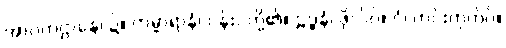
အာဂတဌာနေ၊ ၌။ ကမ္မာရာနံ၊ ပန်းပဲတို့၏။ ဠဒ္ဓနံ၊ ဖိုလ်ဝ်။ ဝံ၊ တင်းကုတ်ဝ်။